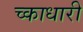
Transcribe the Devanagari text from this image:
च्काधारी